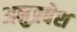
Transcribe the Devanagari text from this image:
अनुप्रबेश